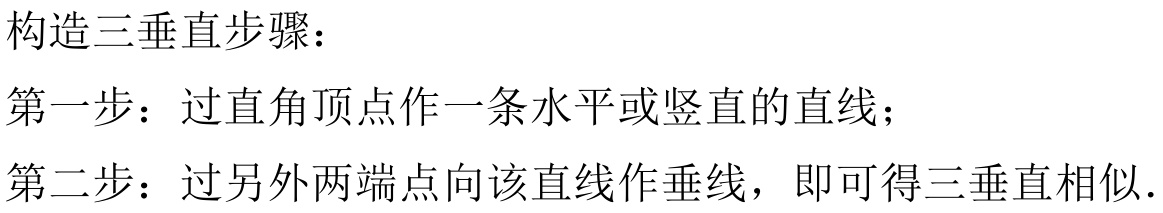
构造三垂直步骤：
第一步：过直角顶点作一条水平或竖直的直线；
第二步：过另外两端点向该直线作垂线，即可得三垂直相似.